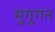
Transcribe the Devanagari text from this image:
मुगुगन